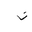
Letter: _non